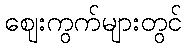
ဈေးကွက်များတွင်